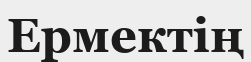
Ермектің